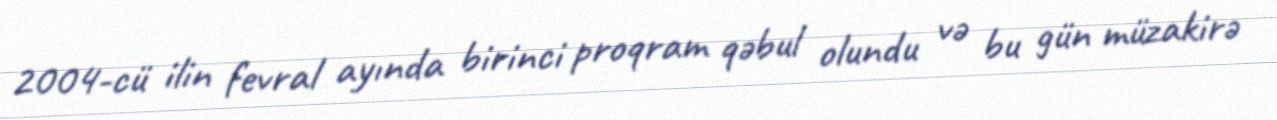
2004-cü ilin fevral ayında birinci proqram qəbul olundu və bu gün müzakirə